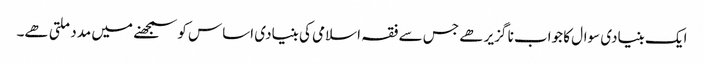
ایک بنیادی سوال کا جواب نا گزیر ھے جس سے فقہ اسلامی کی بنیادی اساس کو سمجھنے میں مدد ملتی ھے۔